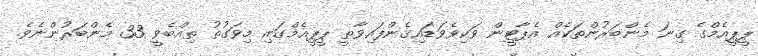
ޕީޕީއެމްގެ ގިނަ މެންބަރުންތަކެއް އެޕާޓީން ވަކިވެވަޑައިގެންފައިވާތީ ޕީޕީއެމްގައި މިވަގުތު ތިއްބެވީ 33 މެންބަރުންނެވެ.